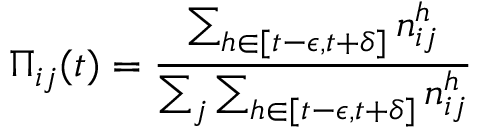
\Pi _ { i j } ( t ) = \frac { \sum _ { h \in [ t - \epsilon , t + \delta ] } n _ { i j } ^ { h } } { \sum _ { j } \sum _ { h \in [ t - \epsilon , t + \delta ] } n _ { i j } ^ { h } }